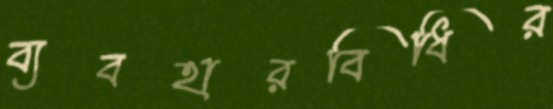
ব্যবহারবিধির